Indian journal of veterinary science and animal husbandry - Volumes 26-27, 1956-1957
Year: 1956
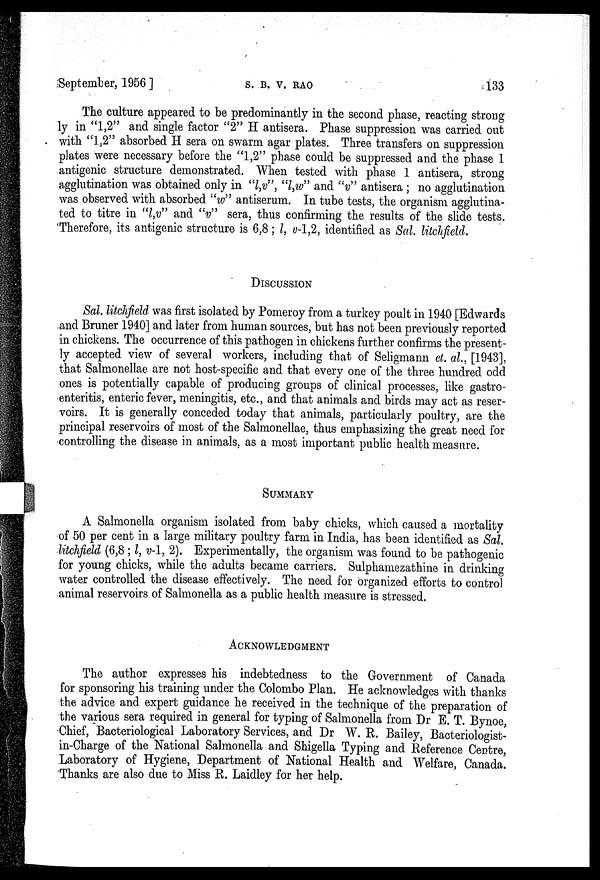
September, 1956 ]
S.
B.
V.
RAO
133
The culture appeared to be predominantly in the second phase, reacting strong
ly in "1,2" and single factor "2" H antisera. Phase suppression was carried out
with "1,2" absorbed H sera on swarm agar plates. Three transfers on suppression
plates were necessary before the "1,2" phase could be suppressed and the phase 1
antigenic structure demonstrated. When tested with phase 1 antisera, strong
agglutination was obtained only in "l,v", "l,w" and "v" antisera ; no agglutination
was observed with absorbed "w" antiserum. In tube tests, the organism agglutina-
ted to titre in "l,v" and "v" sera, thus confirming the results of the slide tests.
'Therefore, its antigenic structure is 6,8; l, v-1,2, identified as Sal. litchfield.
DISCUSSION
Sal. litchfield was first isolated by Pomeroy from a turkey poult in 1940 [Edwards
and Bruner 1940] and later from human sources, but has not been previously reported
in chickens. The occurrence of this pathogen in chickens further confirms the present-
ly accepted view of several workers, including that of Seligmann et. al., [1943],
that Salmonellae are not host-specific and that every one of the three hundred odd
ones is potentially capable of producing groups of clinical processes, like gastro-
enteritis, enteric fever, meningitis, etc., and that animals and birds may act as reser-
voirs. It is generally conceded today that animals, particularly poultry, are the
principal reservoirs of most of the Salmonellae, thus emphasizing the great need for
controlling the disease in animals, as a most important public health measure.
SUMMARY
A Salmonella organism isolated from baby chicks, which caused a mortality
of 50 per cent in a large military poultry farm in India, has been identified as Sal.
litchfield (6,8 ; l, v-1, 2). Experimentally, the organism was found to be pathogenic
for young chicks, while the adults became carriers. Sulphamezathine in drinking
water controlled the disease effectively. The need for organized efforts to control
animal reservoirs of Salmonella as a public health measure is stressed.
ACKNOWLEDGMENT
The author expresses his indebtedness to the Government of Canada
for sponsoring his training under the Colombo Plan. He acknowledges with thanks
the advice and expert guidance he received in the technique of the preparation of
the various sera required in general for typing of Salmonella from Dr E. T. Bynoe,
Chief, Bacteriological Laboratory Services, and Dr W. R. Bailey, Bacteriologist-
in-Charge of the National Salmonella and Shigella Typing and Reference Centre,
Laboratory of Hygiene, Department of National Health and Welfare, Canada.
Thanks are also due to Miss R. Laidley for her help.